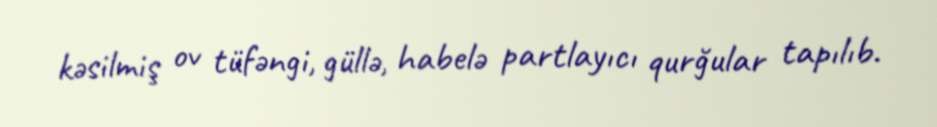
kəsilmiş ov tüfəngi, güllə, habelə partlayıcı qurğular tapılıb.